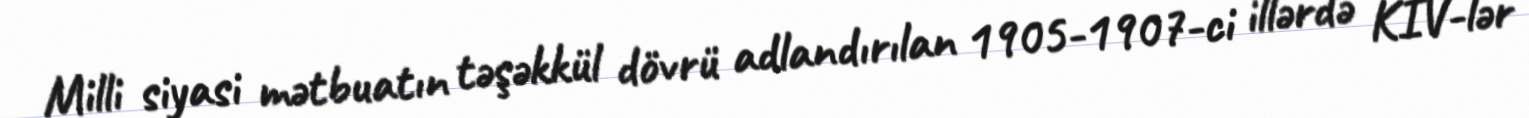
Milli siyasi mətbuatın təşəkkül dövrü adlandırılan 1905-1907-ci illərdə KİV-lər